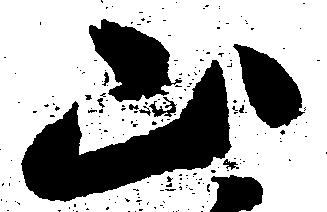
山